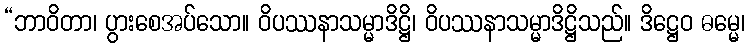
“ဘာဝိတာ၊ ပွားစေအပ်သော။ ဝိပဿနာသမ္မာဒိဋ္ဌိ၊ ဝိပဿနာသမ္မာဒိဋ္ဌိသည်။ ဒိဋ္ဌေဝ ဓမ္မေ၊